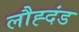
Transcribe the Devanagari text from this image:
लौह्दंड